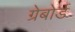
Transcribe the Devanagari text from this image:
ग्रेबोर्ड